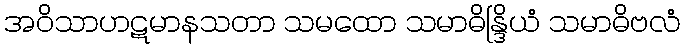
အဝိသာဟဋမာနသတာ သမထော သမာဓိန္ဒြိယံ သမာဓိဗလံ